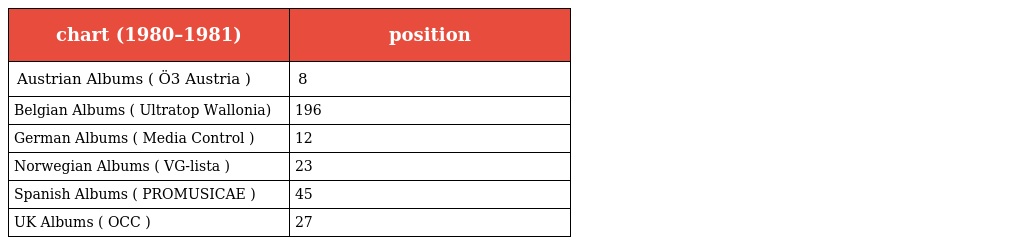
| chart (1980–1981) | position |
 | --- | --- |
 | Austrian Albums ( Ö3 Austria ) | 8 |
 | Belgian Albums ( Ultratop Wallonia) | 196 |
 | German Albums ( Media Control ) | 12 |
 | Norwegian Albums ( VG-lista ) | 23 |
 | Spanish Albums ( PROMUSICAE ) | 45 |
 | UK Albums ( OCC ) | 27 |